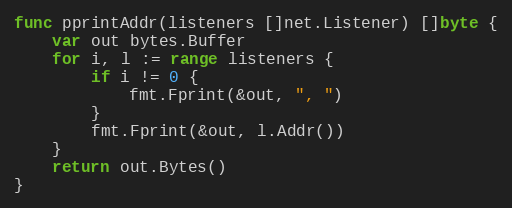
Language: Go
func pprintAddr(listeners []net.Listener) []byte {
	var out bytes.Buffer
	for i, l := range listeners {
		if i != 0 {
			fmt.Fprint(&out, ", ")
		}
		fmt.Fprint(&out, l.Addr())
	}
	return out.Bytes()
}